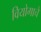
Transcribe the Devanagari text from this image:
वियोगाचे